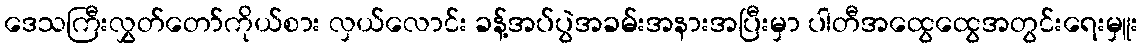
ဒေသကြီးလွှတ်တော်ကိုယ်စား လှယ်လောင်း ခန့်အပ်ပွဲအခမ်းအနားအပြီးမှာ ပါတီအထွေထွေအတွင်းရေးမှူး